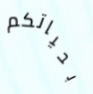
بحياتكم